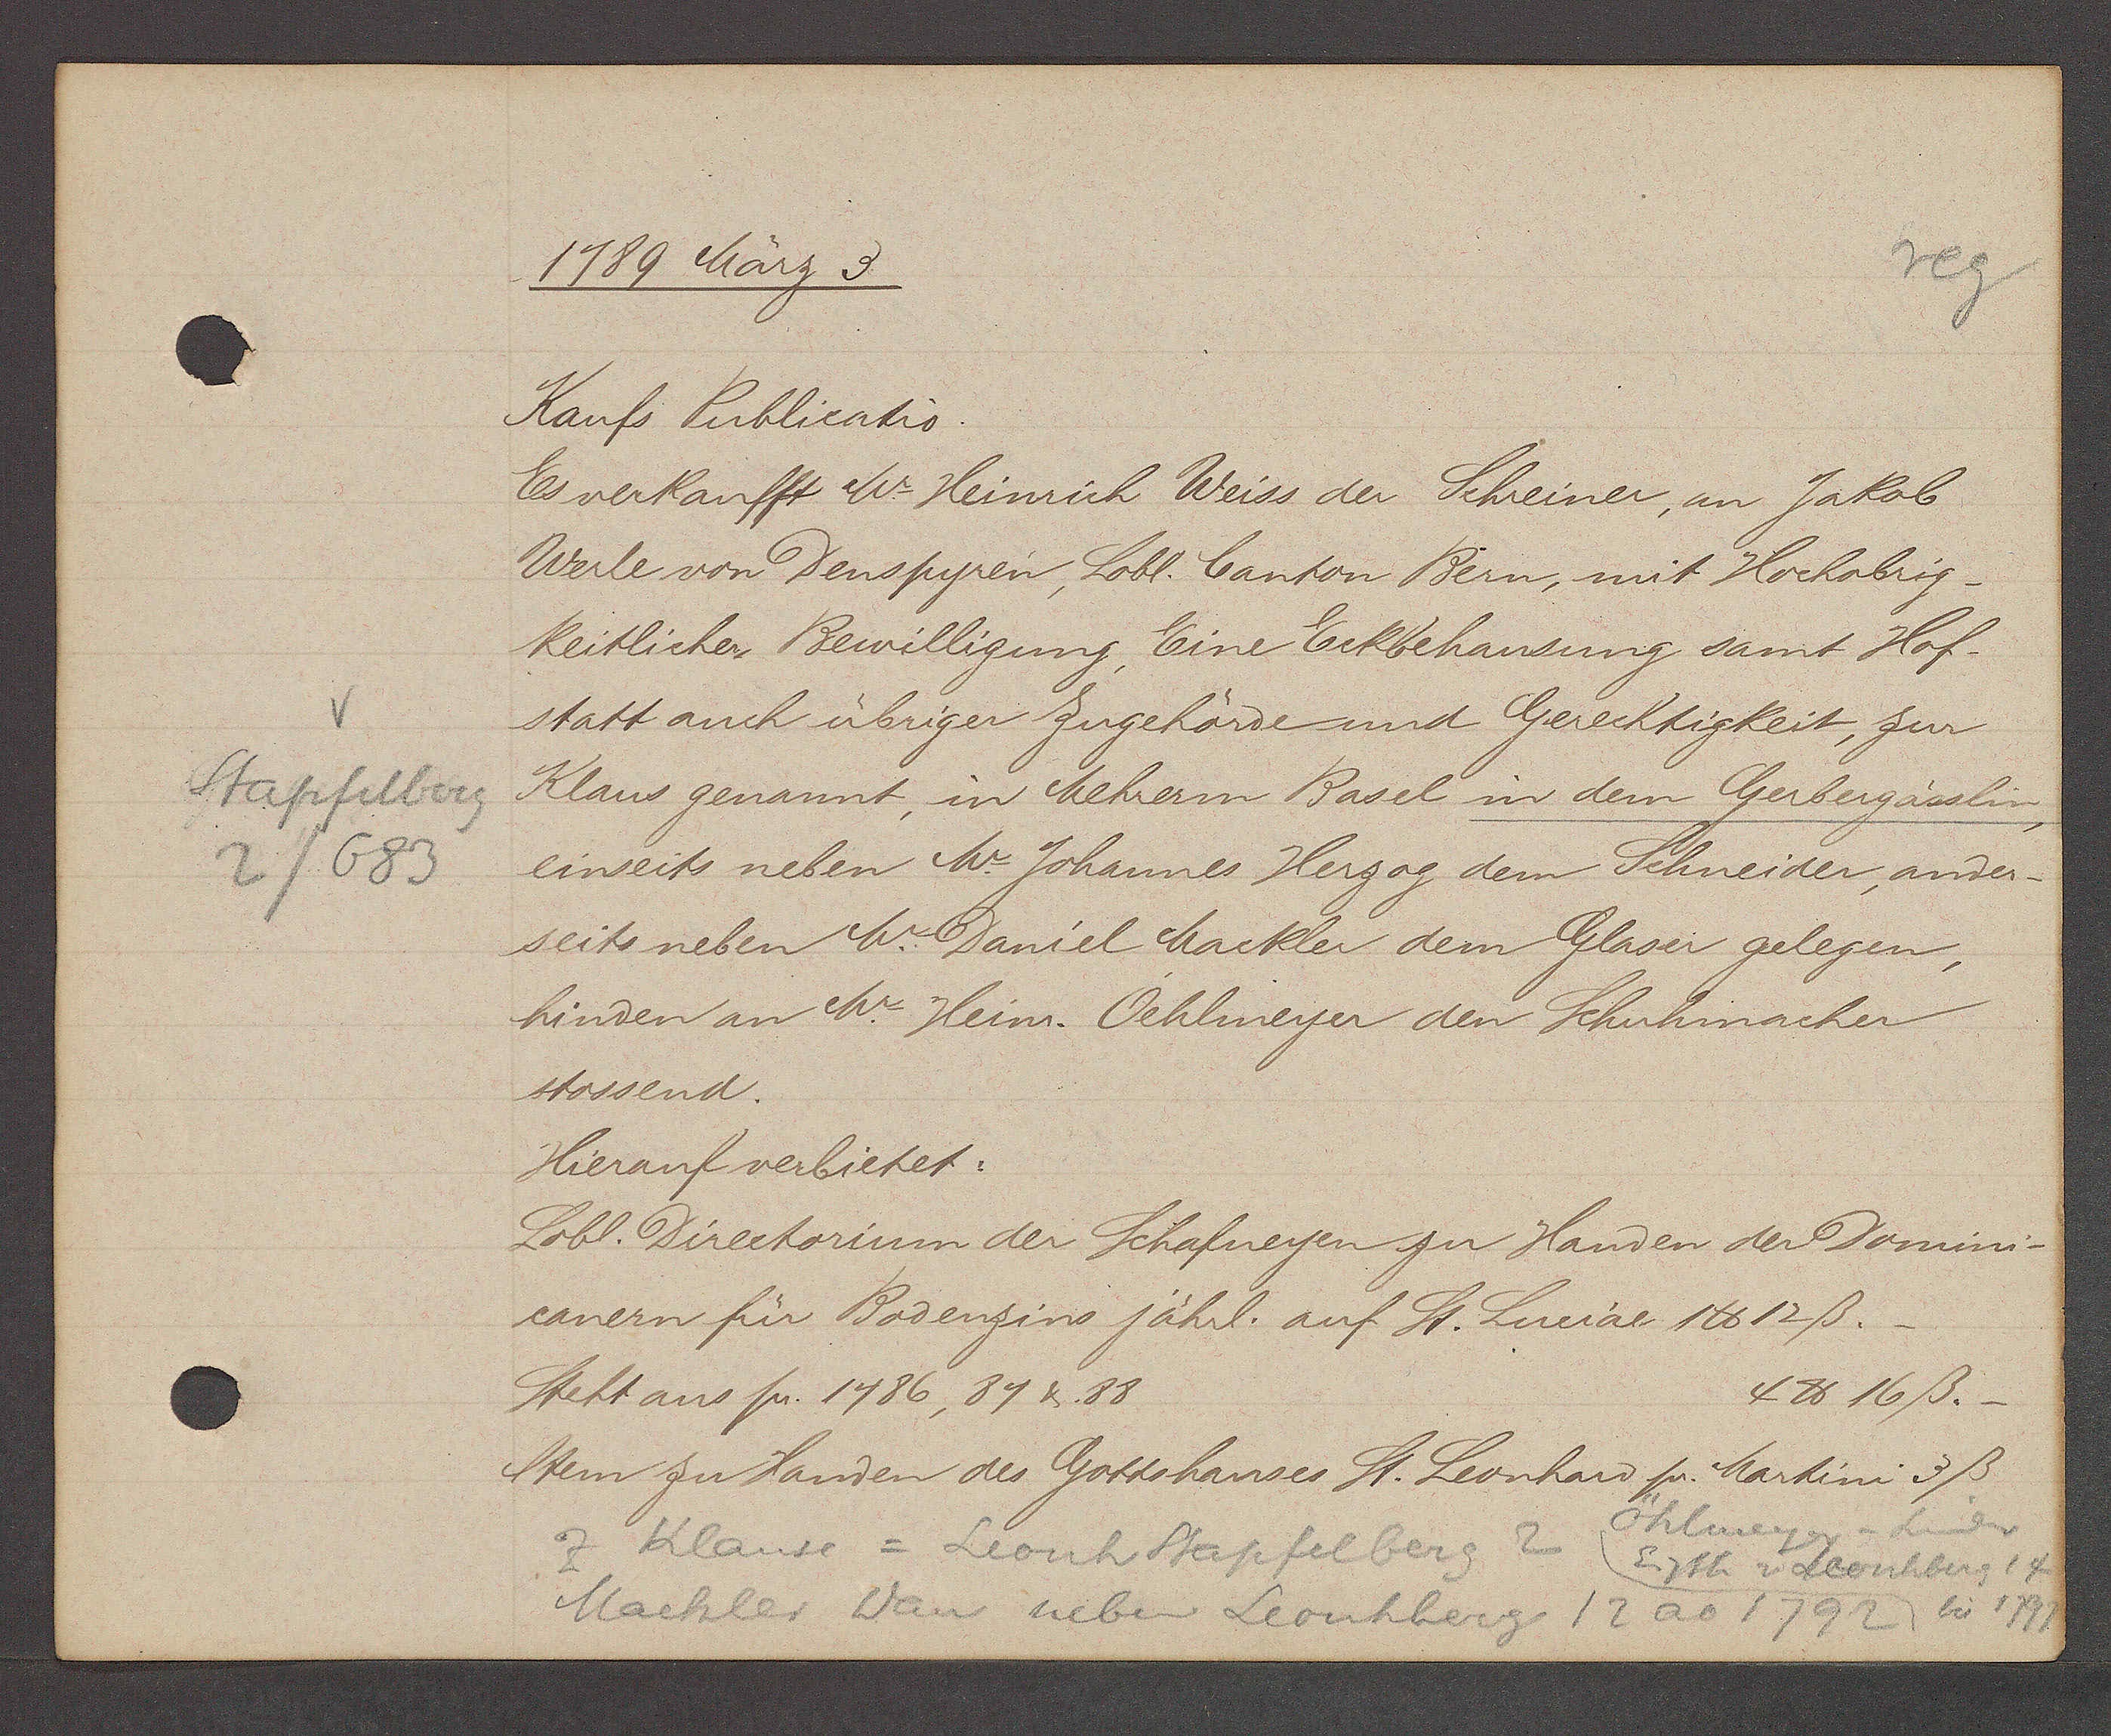
Transcript:
V
Stapfelberg
2/683

1789 März 3

Kaufs Publicatio.
Es verkaufft Mr. Heinrich Weiss der Schreiner, an Jakob
Werle von Denspyren, Lobl. Canton Bern, mit Hochobrig¬
keitlicher Bewilligung, Eine Eckbehausung samt Hof-
statt auch übriger Zugehörde und Gerechtigkeit, zur
Klaus genannt, in Mehrern Basel in dem Gerbergässlin,
einseits neben Mr. Johannes Herzog dem Schneider, ander-
seits neben Mr. Daniel Mackler dem Glaser gelegen,
hinden an Mr. Heinr. Oehlmeyer den Schuhmacher
stossend.
Hierauf verbietet:
Lobl. Directorium der Schafneyen zu Handen der Domini-
canern für Bodenzins jährl. auf St. Luciae 1℔ 12ß.
4 ℔ 16ß.
Steht aus pr. 1486, 84 & 88
Item zu Handen des Gottshauses St. Leonhard pr. Martini 3ß
Oehlmeyer

z Klause = Leonh Stapfelberg 2
Eigth v Leonhberg
4
Mackler Dan neben Leonhberg 12 ao 1792 bis 1797